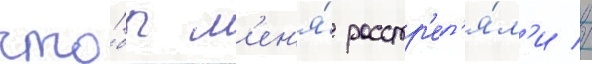
что́бы м'ен'я́ расстр'ел'я́л'и //